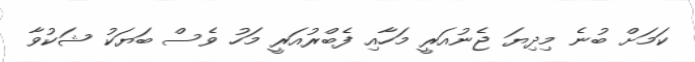
ކަމަށް ބުނެ މިދިޔަ ޖެނުއަރީ މަހާއި ފެބްރުއަރީ މަހު ވެސް ބަޔަކު ޝަކުވާ